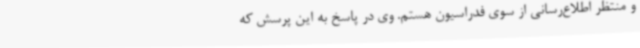
و منتظر اطلاع‌رسانی از سوی فدراسیون هستم. وی در پاسخ به این پرسش که